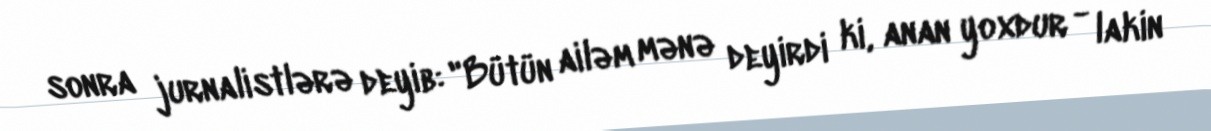
sonra jurnalistlərə deyib: "Bütün ailəm mənə deyirdi ki, anan yoxdur - lakin